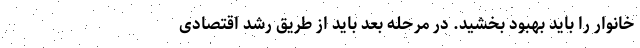
خانوار را باید بهبود بخشید. در مرحله بعد باید از طریق رشد اقتصادی